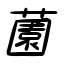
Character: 薗